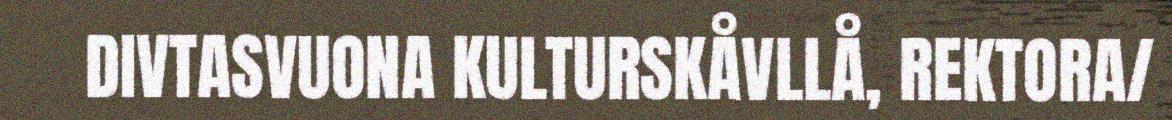
DIVTASVUONA KULTURSKÅVLLÅ, REKTORA/